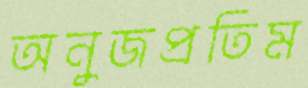
অনুজপ্রতিম